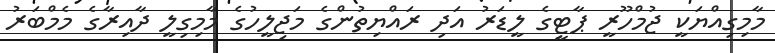
މާމިގިއްޔަކީ ޖުމްހޫރީ ޕާޓީގެ ލީޑަރު އަދި ރައްޔިތުންގެ މަޖިލީހުގެ މާމިގިލީ ދާއިރާގެ މެމްބަރު